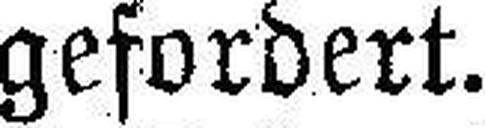
gefordert.